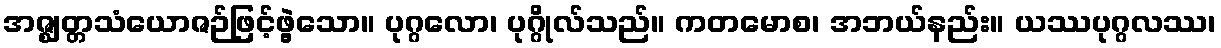
အဇ္ဈတ္တသံယောဇဉ်ဖြင့်ဖွဲ့သော။ ပုဂ္ဂလော၊ ပုဂ္ဂိုလ်သည်။ ကတမောစ၊ အဘယ်နည်း။ ယဿပုဂ္ဂလဿ၊